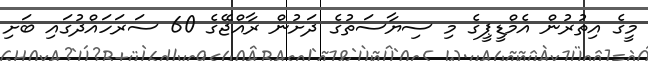
މީގެ އިތުރުން އެމްޑީޕީގެ މި ސިޔާސަތުގެ ދަށުން ރާއްޖޭގެ 60 ސަރަހައްދުގައި ބަށި